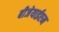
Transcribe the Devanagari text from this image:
बीजेयाईएम